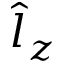
\hat { l } _ { z }